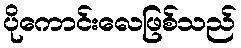
ပိုကောင်းလေဖြစ်သည်